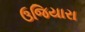
ઉજિયારા